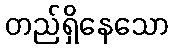
တည်ရှိနေသော